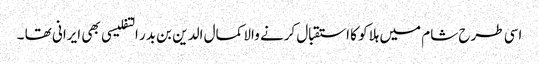
اسی طرح شام میں ہلاکو کا استقبال کرنے والا کمال الدین بن بدر التفلیسی بھی ایرانی تھا ۔